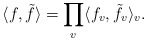
\begin{align*}\langle f, \tilde{f}\rangle=\prod_v \langle f_v,\tilde{f}_v\rangle_v.\end{align*}